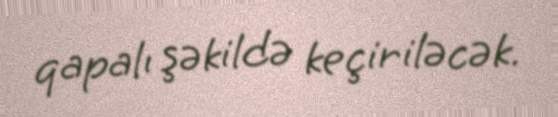
qapalı şəkildə keçiriləcək.